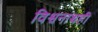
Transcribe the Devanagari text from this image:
विश्वनाथही